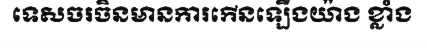
ទេសចរចិនមានការកើនឡើងយ៉ាង ខ្លាំង